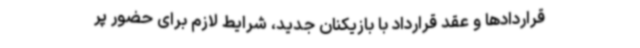
قراردادها و عقد قرارداد با بازیکنان جدید، شرایط لازم برای حضور پر